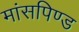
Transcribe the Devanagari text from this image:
मांसपिण्ड